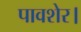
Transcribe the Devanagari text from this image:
पावशेर।